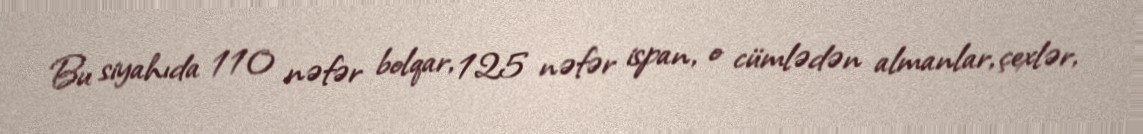
Bu siyahıda 110 nəfər bolqar, 125 nəfər ispan, o cümlədən almanlar, çexlər,